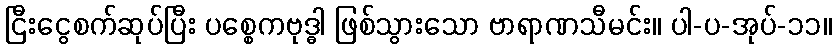
ငြီးငွေစက်ဆုပ်ပြီး ပစ္စေကဗုဒ္ဓါ ဖြစ်သွားသော ဗာရာဏသီမင်း။ ပါ-ပ-အုပ်-၁၁။